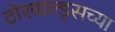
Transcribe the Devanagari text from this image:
टोरवाल्ड्सच्या